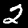
Label: 2